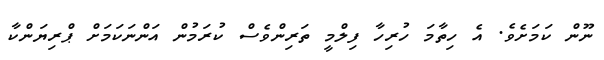
ނޫން ކަމަށެެވެ. އެ ހިތާމަ ހުރިހާ ފިލްމީ ތަރިންވެސް ކުރަމުން އަންނަކަމަށް ޕްރިޔަންކާ